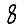
Digit: 8